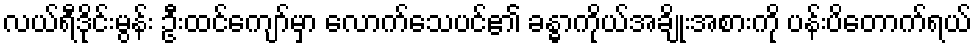
လယ်ရီဒိုင်းမွန်း ဦးထင်ကျော်မှာ လောက်သေပင်၏ ခန္ဓာကိုယ်အချိုးအစားကို ပန်းပိတောက်ရယ်